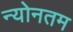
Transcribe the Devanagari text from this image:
न्योनतम